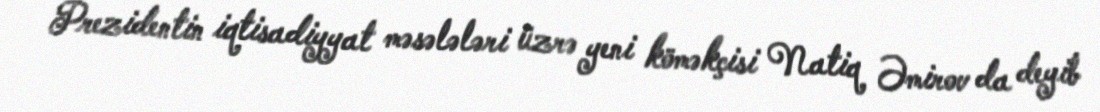
Prezidentin iqtisadiyyat məsələləri üzrə yeni köməkçisi Natiq Əmirov da deyib